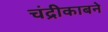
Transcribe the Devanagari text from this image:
चंद्रीकाबने